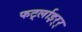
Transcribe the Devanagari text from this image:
फर्ट्लाइर्‍र्